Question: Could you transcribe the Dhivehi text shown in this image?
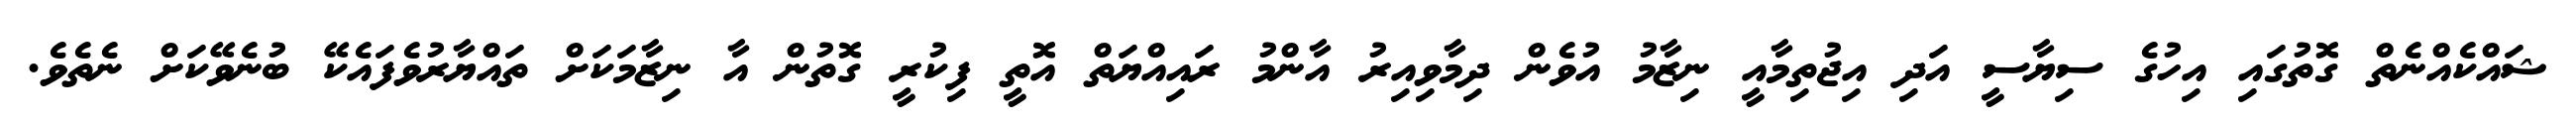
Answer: ޝައްކެއްނެތް ގޮތުގައި އިހުގެ ސިޔާސީ އަދި އިޖުތިމާއީ ނިޒާމު އުވެން ދިމާވިއިރު އާންމު ރައިއްޔަތް އޮތީ ފިކުރީ ގޮތުން އާ ނިޒާމަކަށް ތައްޔާރުވެފައެކޭ ބުނެވޭކަށް ނެތެވެ.